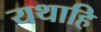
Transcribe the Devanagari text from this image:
यथाहि